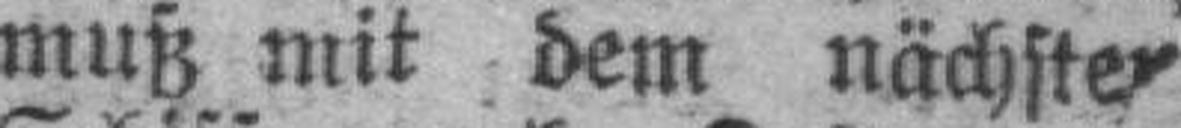
muß mit dem nächsten